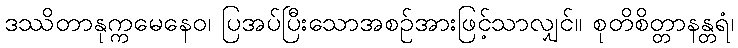
ဒဿိတာနုက္ကမေနေဝ၊ ပြအပ်ပြီးသောအစဉ်အားဖြင့်သာလျှင်။ စုတိစိတ္တာနန္တရံ၊